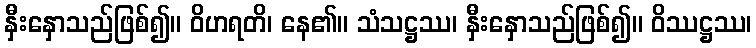
နှီးနှောသည်ဖြစ်၍။ ဝိဟရတိ၊ နေ၏။ သံသဋ္ဌဿ၊ နှီးနှောသည်ဖြစ်၍။ ဝိဿဋ္ဌဿ၊